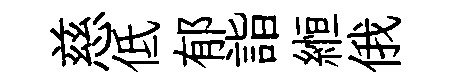
慈低郁詣縆俄